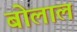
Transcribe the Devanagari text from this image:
बोलाल